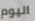
اليوم